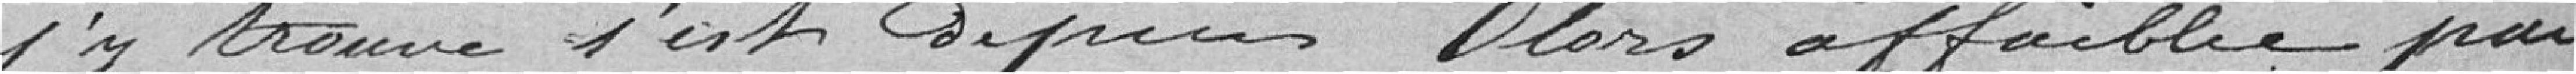
s'y trouve s'est depuis lors affaiblie par